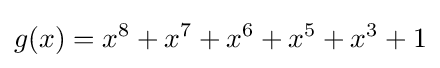
g(x)=x^{8}+x^{7}+x^{6}+x^{5}+x^{3}+1